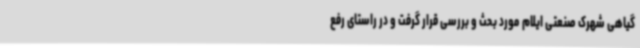
گیاهی شهرک صنعتی ایلام مورد بحث و بررسی قرار گرفت و در راستای رفع